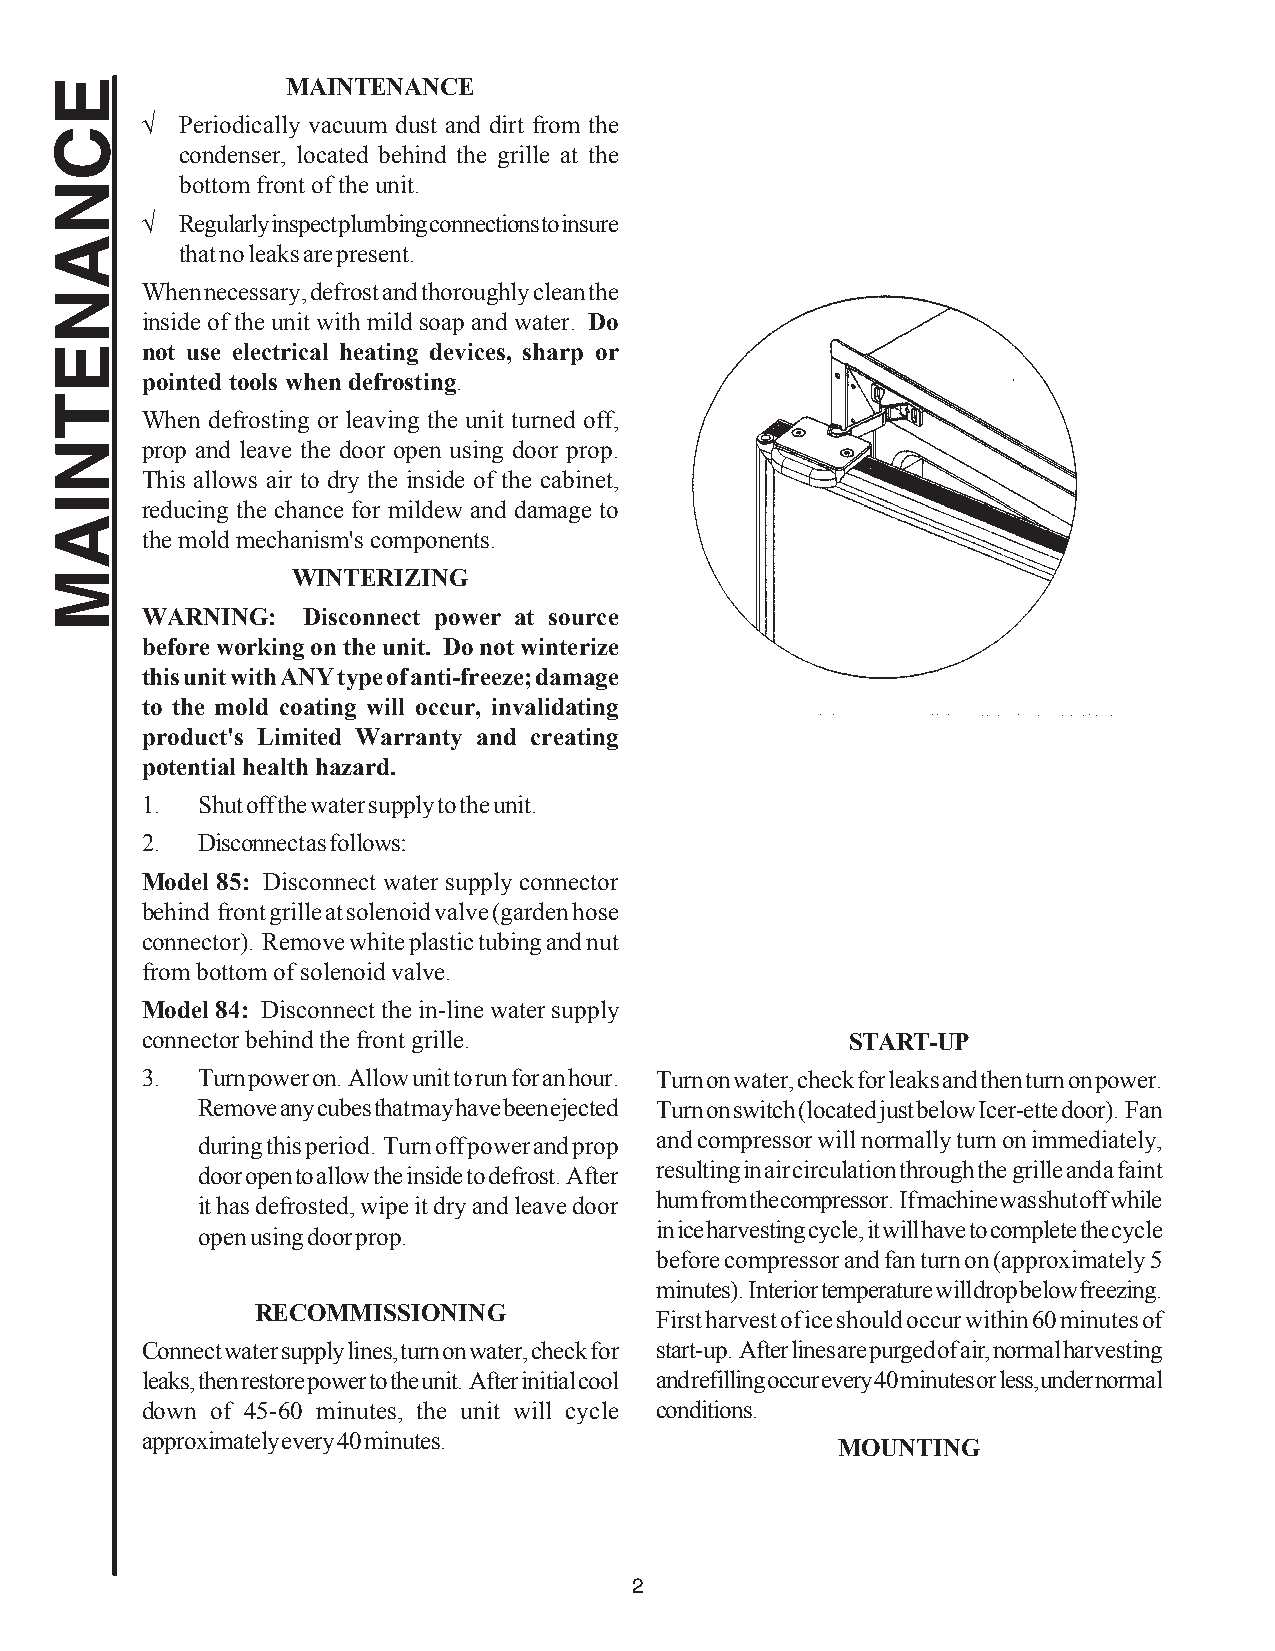
MAINTENANCE
 √  Periodically vacuum dust and dirt from the
 condenser, located behind the grille at the
 bottom front of the unit.
 √  Regularly inspect plumbing connections to insure
 that no leaks are present.
 When necessary, defrost and thoroughly clean the
 inside of the unit with mild soap and water. Do
 not use electrical heating devices, sharp or
 pointed tools when defrosting.
 When defrosting or leaving the unit turned off,
 prop and leave the door open using door prop.
 This allows air to dry the inside of the cabinet,
 reducing the chance for mildew and damage to
 the mold mechanism's components.
 WINTERIZING
 WARNING:   Disconnect power at source
 before working on the unit. Do not winterize
 this unit with ANY type of anti-freeze; damage
 to the mold coating will occur, invalidating
 product's Limited Warranty and creating
 potential health hazard.
 1.  Shut off the water supply to the unit.
 2.  Disconnect as follows:
 Model 85: Disconnect water supply connector
 behind front grille at solenoid valve (garden hose
 connector). Remove white plastic tubing and nut
 from bottom of solenoid valve.
 Model 84: Disconnect the in-line water supply
 connector behind the front grille.             START-UP
 3.  Turn power on. Allow unit to run for an hour. Turn on water, check for leaks and then turn on power.
 Remove any cubes that may have been ejected Turn on switch (located just below Icer-ette door). Fan
 and compressor will normally turn on immediately,
 during this period. Turn off power and prop
 resulting in air circulation through the grille and a faint
 door open to allow the inside to defrost. After
 hum from the compressor. If machine was shut off while
 it has defrosted, wipe it dry and leave door
 in ice harvesting cycle, it will have to complete the cycle
 open using door prop.
 before compressor and fan turn on (approximately 5
 minutes). Interior temperature will drop below freezing.
 RECOMMISSIONING
 First harvest of ice should occur within 60 minutes of
 Connect water supply lines, turn on water, check for start-up. After lines are purged of air, normal harvesting
 leaks, then restore power to the unit. After initial cool and refilling occur every 40 minutes or less, under normal
 down of 45-60 minutes, the unit will cycle conditions.
 approximately every 40 minutes.
 MOUNTING
 2
 ECNANETNIAM